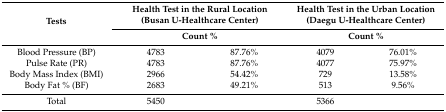
| <ROWSPAN=2> Tests | <COLSPAN=2> Health Test in the Rural Location (Busan U-Healthcare Center) | <COLSPAN=2> Health Test in the Urban Location (Daegu U-Healthcare Center) |
 | <COLSPAN=2> Count % | <COLSPAN=2> Count % |
 | --- | --- | --- | --- | --- |
 | Blood Pressure (BP) | 4783 | 87.76% | 4079 | 76.01% |
 | Pulse Rate (PR) | 4783 | 87.76% | 4077 | 75.97% |
 | Body Mass Index (BMI) | 2966 | 54.42% | 729 | 13.58% |
 | Body Fat % (BF) | 2683 | 49.21% | 513 | 9.56% |
 | Total | 5450 |  | 5366 |  |